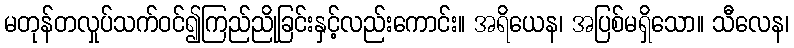
မတုန်တလှုပ်သက်ဝင်၍ကြည်ညိုခြင်းနှင့်လည်းကောင်း။ အရိယေန၊ အပြစ်မရှိသော။ သီလေန၊